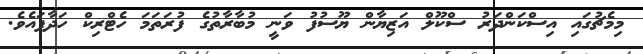
މިމެޗުގައި އިސްކަންދަރު ސްކޫލް އަޒިޔާން ޔޫސުފު ވަނީ މުބާރާތުގެ ފުރަތަމަ ހެޓްރިކް ހަދާފައެވެ.